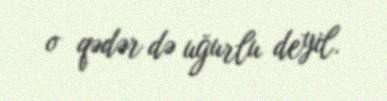
o qədər də uğurlu deyil.